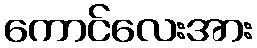
ကောင်လေးအား